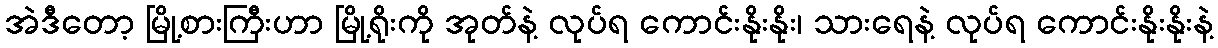
အဲဒီတော့ မြို့စားကြီးဟာ မြို့ရိုးကို အုတ်နဲ့ လုပ်ရ ကောင်းနိုးနိုး၊ သားရေနဲ့ လုပ်ရ ကောင်းနိုးနိုးနဲ့